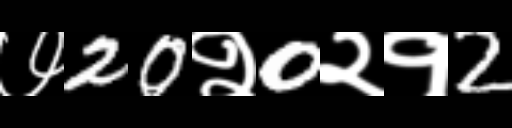
Text: ७20२0२१2